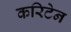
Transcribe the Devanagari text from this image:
करिटेन